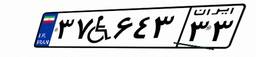
۳۷W۶۴۳۳۳